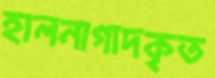
হালনাগাদকৃত